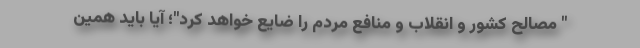
" مصالح کشور و انقلاب و منافع مردم را ضایع خواهد کرد"؛ آیا باید همین